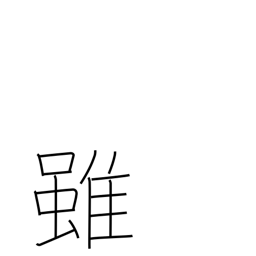
Meaning: although